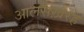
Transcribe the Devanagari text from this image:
आलसख़रह